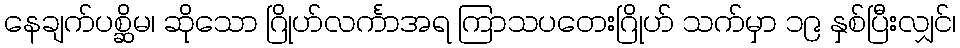
နေချက်ပစ္ဆိမ၊ ဆိုသော ဂြိုဟ်လင်္ကာအရ ကြာသပတေးဂြိုဟ် သက်မှာ ၁၉ နှစ်ပြီးလျှင်၊